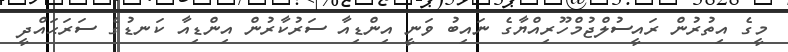
މީގެ އިތުރުން ރައީސުލްޖުމްހޫރިއްޔާގެ ނައިބު ވަނީ އިންޑިއާ ސަރުކާރުން އިންޑިއާ ކަނޑުގެ ސަރަޙައްދީ